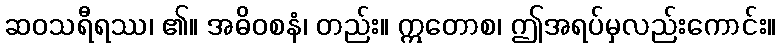
ဆဝသရီရဿ၊ ၏။ အဓိဝစနံ၊ တည်း။ ဣတောစ၊ ဤအရပ်မှလည်းကောင်း။